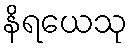
နိရယေသု